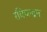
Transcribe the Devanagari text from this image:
रविचन्द्रन